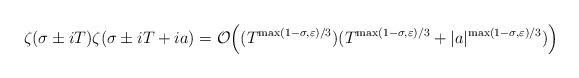
LaTeX: \begin{align*}\zeta(\sigma\pm iT)\zeta(\sigma\pm iT+ia)=\mathcal{O}\Big((T^{\max(1-\sigma,\varepsilon)/3})(T^{\max(1-\sigma,\varepsilon)/3} +|a|^{\max(1-\sigma,\varepsilon)/3})\Big)\end{align*}